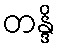
တန္ဒိ